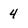
Character: 4